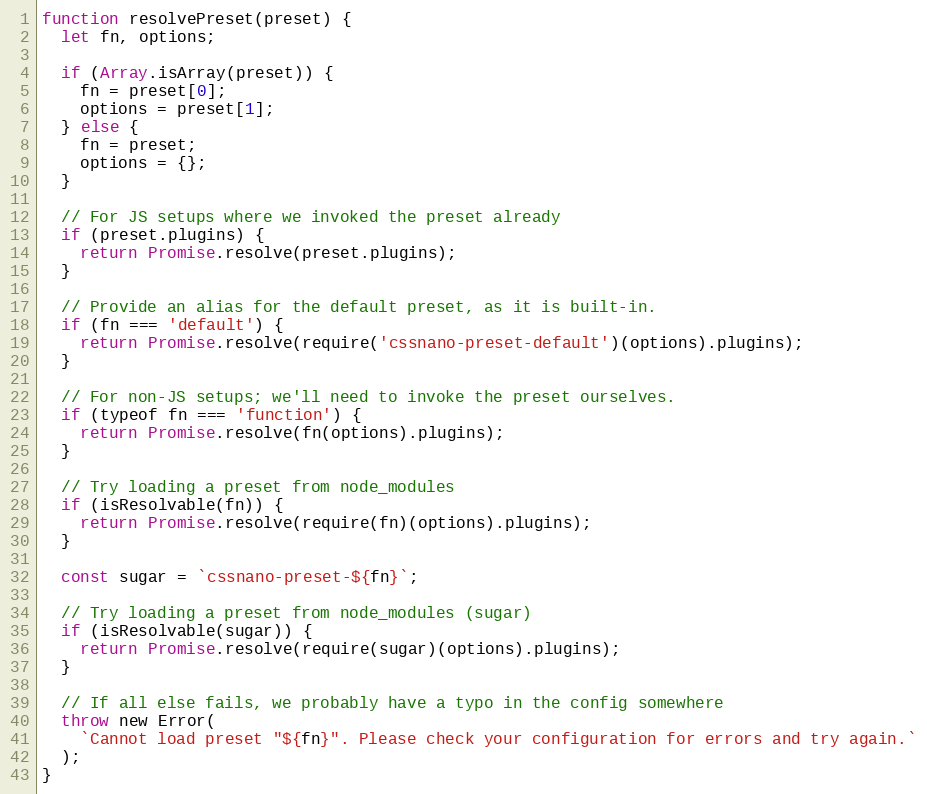
Language: JavaScript
function resolvePreset(preset) {
  let fn, options;

  if (Array.isArray(preset)) {
    fn = preset[0];
    options = preset[1];
  } else {
    fn = preset;
    options = {};
  }

  // For JS setups where we invoked the preset already
  if (preset.plugins) {
    return Promise.resolve(preset.plugins);
  }

  // Provide an alias for the default preset, as it is built-in.
  if (fn === 'default') {
    return Promise.resolve(require('cssnano-preset-default')(options).plugins);
  }

  // For non-JS setups; we'll need to invoke the preset ourselves.
  if (typeof fn === 'function') {
    return Promise.resolve(fn(options).plugins);
  }

  // Try loading a preset from node_modules
  if (isResolvable(fn)) {
    return Promise.resolve(require(fn)(options).plugins);
  }

  const sugar = `cssnano-preset-${fn}`;

  // Try loading a preset from node_modules (sugar)
  if (isResolvable(sugar)) {
    return Promise.resolve(require(sugar)(options).plugins);
  }

  // If all else fails, we probably have a typo in the config somewhere
  throw new Error(
    `Cannot load preset "${fn}". Please check your configuration for errors and try again.`
  );
}